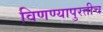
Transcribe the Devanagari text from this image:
विणण्यापुरतीच